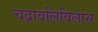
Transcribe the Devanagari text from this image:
चद्रावलिविलास